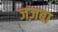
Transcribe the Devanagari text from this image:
जज़बा